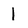
Character: 1